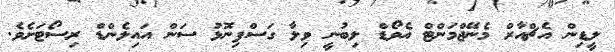
ލީޑިން އެޗްއާރް މެނޭޖްމަންޓް އެވޯޑް ލިބުނީ ވިލާ ގަސްފިނޮޅު ސަން އައިލެންޑް ރިސޯޓަށެވެ.